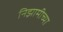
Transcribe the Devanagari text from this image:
निझामीच्या